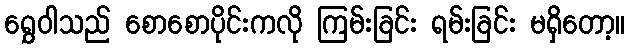
ရွှေဝါသည် စောစောပိုင်းကလို ကြမ်းခြင်း ရမ်းခြင်း မရှိတော့။